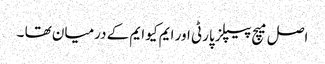
اصل میچ پیپلز پارٹی اور ایم کیو ایم کے درمیان تھا ۔